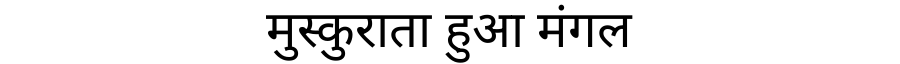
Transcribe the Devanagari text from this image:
मुस्कुराता हुआ मंगल